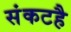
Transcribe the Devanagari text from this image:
संकटहै